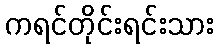
ကရင်တိုင်းရင်းသား